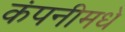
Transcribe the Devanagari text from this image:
कंपनीमधे